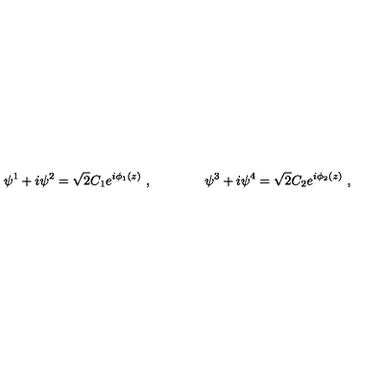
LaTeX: \psi ^ { 1 } + i \psi ^ { 2 } = \sqrt 2 C _ { 1 } e ^ { i \phi _ { 1 } ( z ) } \ , \qquad \qquad \psi ^ { 3 } + i \psi ^ { 4 } = \sqrt 2 C _ { 2 } e ^ { i \phi _ { 2 } ( z ) } \ , \nonumber